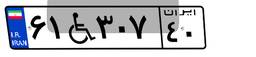
۶۱W۳۰۷۴۰